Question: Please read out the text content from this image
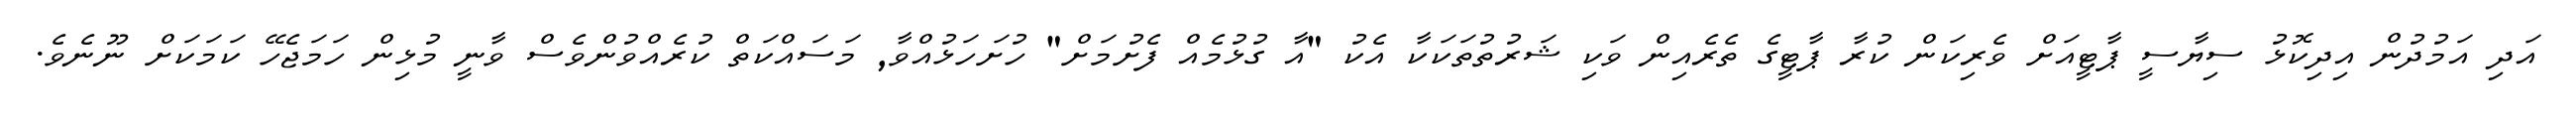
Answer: އަދި އަމުދުން އިދިކޮޅު ސިޔާސީ ޕާޓީއަށް ވެރިކަން ކުރާ ޕާޓީގެ ތެރެއިން ވަކި ޝަރުތުތަކަކާ އެކު "އާ ގުޅުމެއް ފެށުމަށް" ހުށަހަޅުއްވާ, މަސައްކަތް ކުރެއްވުންވެސް ވާނީ މުޅިން ހަމަޖެހޭ ކަމަކަށް ނޫނެވެ.